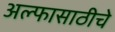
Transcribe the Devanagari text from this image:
अल्फासाठीचे